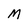
Character: M